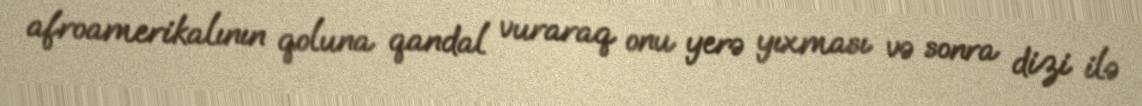
afroamerikalının qoluna qandal vuraraq onu yerə yıxması və sonra dizi ilə